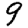
Digit: 9